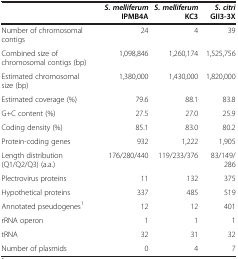
<table><thead><tr><td><b> </b></td><td><b><i>S. melliferum </i>IPMB4A</b></td><td><b><i>S. melliferum </i>KC3</b></td><td><b><i>S. citri </i>GII3-3X</b></td></tr></thead><tbody><tr><td>Number of chromosomal contigs</td><td>24</td><td>4</td><td>39</td></tr><tr><td>Combined size of chromosomal contigs (bp)</td><td>1,098,846</td><td>1,260,174</td><td>1,525,756</td></tr><tr><td>Estimated chromosomal size (bp)</td><td>1,380,000</td><td>1,430,000</td><td>1,820,000</td></tr><tr><td>Estimated coverage (%)</td><td>79.6</td><td>88.1</td><td>83.8</td></tr><tr><td>G+C content (%)</td><td>27.5</td><td>27.0</td><td>25.9</td></tr><tr><td>Coding density (%)</td><td>85.1</td><td>83.0</td><td>80.2</td></tr><tr><td>Protein-coding genes</td><td>932</td><td>1,222</td><td>1,905</td></tr><tr><td>Length distribution (Q1/Q2/Q3) (a.a.)</td><td>176/280/440</td><td>119/233/376</td><td>83/149/286</td></tr><tr><td>Plectrovirus proteins</td><td>11</td><td>132</td><td>375</td></tr><tr><td>Hypothetical proteins</td><td>337</td><td>485</td><td>519</td></tr><tr><td>Annotated pseudogenes<sup>1</sup></td><td>12</td><td>12</td><td>401</td></tr><tr><td>rRNA operon</td><td>1</td><td>1</td><td>1</td></tr><tr><td>tRNA</td><td>32</td><td>31</td><td>32</td></tr><tr><td>Number of plasmids</td><td>0</td><td>4</td><td>7</td></tr></tbody></table>